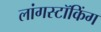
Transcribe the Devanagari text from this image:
लांगस्टॉकिंग